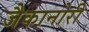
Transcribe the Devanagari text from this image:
जैकानोरी